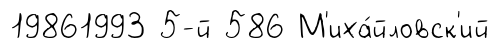
19861993 5-й 586 М'иха́йловск'ий